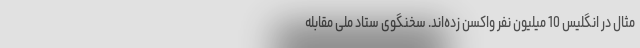
مثال در انگلیس 10 میلیون نفر واکسن زده‌اند. سخنگوی ستاد ملی مقابله